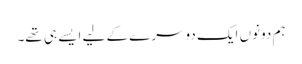
ہم دونوں ایک دوسرے کے لیے ایسے ہی تھے۔